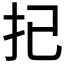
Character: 𢩽